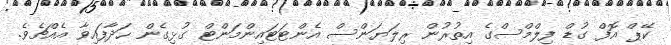
ކޭޕް އޮފް ގުޑް ފިލްމްސްގެ އިތުރުން ރިލަޔަންސް އެންޓަޓައިންމަންޓް ގުޅިގެން ހަދާފައިވާ އެއްޗެވެ.